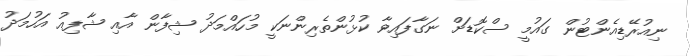
ނިއުރޭޑިއެންޓުން ގައުމީ ސްކޮޑަށް ނަގާފައިވާ ކުޅުންތެރިންނަކީ މުހައްމަދު ޝިފާން އާއި ޝާފިއު އަހުމަދު